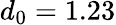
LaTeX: d_{0}=1.23